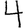
Digit: 4